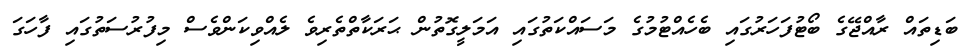
ބަޑިތައް ރާއްޖޭގެ ބޯޓުފަހަރުގައި ބެހެއްޓުމުގެ މަސައްކަތުގައި އަމަލީގޮތުން ޙަރަކާތްތެރިވެ ލެއްވިކަންވެސް މިފުރުސަތުގައި ފާހަގަ